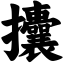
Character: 攮